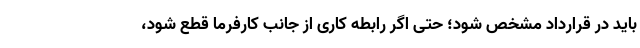
باید در قرارداد مشخص شود؛ حتی اگر رابطه کاری از جانب کارفرما قطع شود،